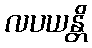
လပယန္တိ